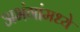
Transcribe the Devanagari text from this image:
अभंगांमध्ये